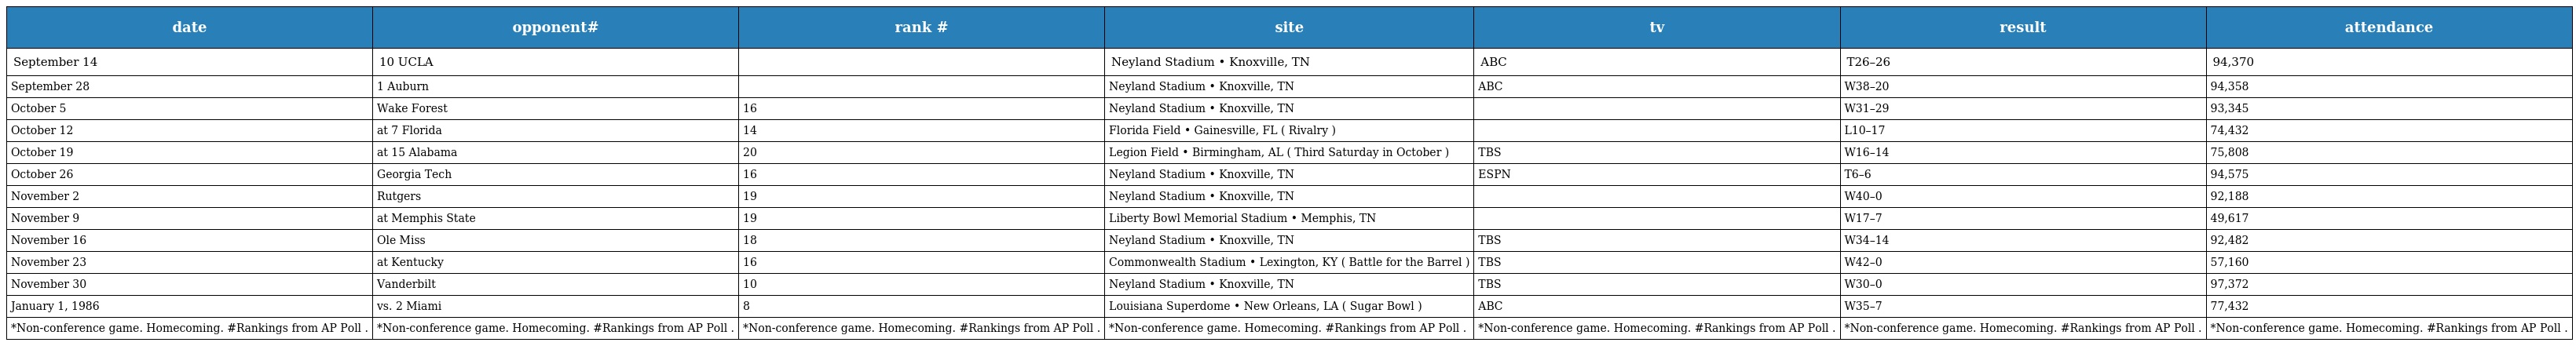
| date | opponent# | rank # | site | tv | result | attendance |
 | --- | --- | --- | --- | --- | --- | --- |
 | September 14 | 10 UCLA |  | Neyland Stadium • Knoxville, TN | ABC | T26–26 | 94,370 |
 | September 28 | 1 Auburn |  | Neyland Stadium • Knoxville, TN | ABC | W38–20 | 94,358 |
 | October 5 | Wake Forest | 16 | Neyland Stadium • Knoxville, TN |  | W31–29 | 93,345 |
 | October 12 | at 7 Florida | 14 | Florida Field • Gainesville, FL ( Rivalry ) |  | L10–17 | 74,432 |
 | October 19 | at 15 Alabama | 20 | Legion Field • Birmingham, AL ( Third Saturday in October ) | TBS | W16–14 | 75,808 |
 | October 26 | Georgia Tech | 16 | Neyland Stadium • Knoxville, TN | ESPN | T6–6 | 94,575 |
 | November 2 | Rutgers | 19 | Neyland Stadium • Knoxville, TN |  | W40–0 | 92,188 |
 | November 9 | at Memphis State | 19 | Liberty Bowl Memorial Stadium • Memphis, TN |  | W17–7 | 49,617 |
 | November 16 | Ole Miss | 18 | Neyland Stadium • Knoxville, TN | TBS | W34–14 | 92,482 |
 | November 23 | at Kentucky | 16 | Commonwealth Stadium • Lexington, KY ( Battle for the Barrel ) | TBS | W42–0 | 57,160 |
 | November 30 | Vanderbilt | 10 | Neyland Stadium • Knoxville, TN | TBS | W30–0 | 97,372 |
 | January 1, 1986 | vs. 2 Miami | 8 | Louisiana Superdome • New Orleans, LA ( Sugar Bowl ) | ABC | W35–7 | 77,432 |
 | *Non-conference game. Homecoming. #Rankings from AP Poll . | *Non-conference game. Homecoming. #Rankings from AP Poll . | *Non-conference game. Homecoming. #Rankings from AP Poll . | *Non-conference game. Homecoming. #Rankings from AP Poll . | *Non-conference game. Homecoming. #Rankings from AP Poll . | *Non-conference game. Homecoming. #Rankings from AP Poll . | *Non-conference game. Homecoming. #Rankings from AP Poll . |